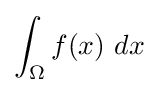
\int _{\Omega }f(x)\ dx